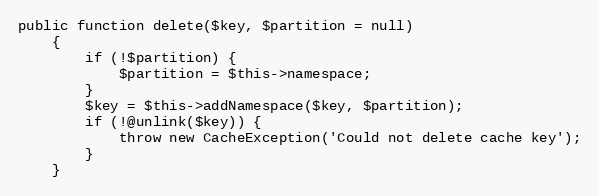
Language: PHP
public function delete($key, $partition = null)
    {
        if (!$partition) {
            $partition = $this->namespace;
        }
        $key = $this->addNamespace($key, $partition);
        if (!@unlink($key)) {
            throw new CacheException('Could not delete cache key');
        }
    }